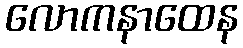
လောကနာထေန